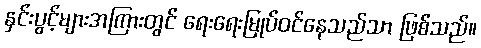
နှင်းပွင့်များအကြားတွင် ရေးရေးမြုပ်ဝင်နေသည်သာ ဖြစ်သည်။